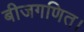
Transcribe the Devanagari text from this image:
बीजगणित।